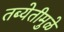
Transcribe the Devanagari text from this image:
तब्येतीमुळे